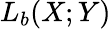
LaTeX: L_{b}(X;Y)